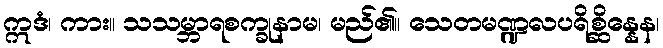
ဣဒံ၊ ကား။ သသမ္ဘာရစက္ခုနာမ၊ မည်၏။ သေတမဏ္ဍလပရိစ္ဆိန္နေန၊